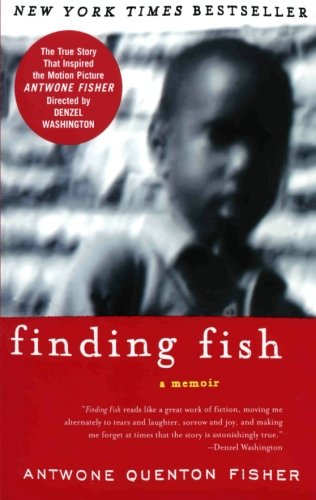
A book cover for Finding Fish: A Memoir; Antwone Q. Fisher; Humor & Entertainment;